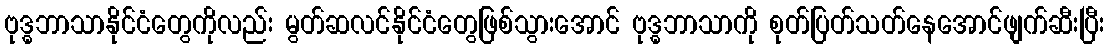
ဗုဒ္ဓဘာသာနိုင်ငံတွေကိုလည်း မွတ်ဆလင်နိုင်ငံတွေဖြစ်သွားအောင် ဗုဒ္ဓဘာသာကို စုတ်ပြတ်သတ်နေအောင်ဖျက်ဆီးပြီး